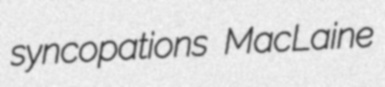
syncopations MacLaine